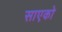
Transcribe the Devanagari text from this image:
साएको